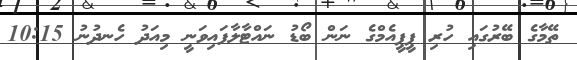
ތޭމާގެ ބޭރުގައި ހުރި ޕީޕީއެމްގެ ނަން ބޯޑު ނައްޓާލާފައިވަނީ މިއަދު ހެނދުނު 10:15